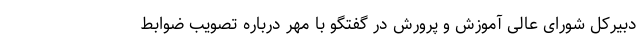
دبیرکل شورای عالی آموزش و پرورش در گفتگو با مهر درباره تصویب ضوابط